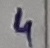
Text: 4